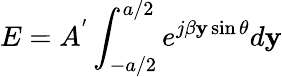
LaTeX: E=A^{'}\int_{-a/2}^{a/2}e^{j\beta\mathbf{y}\sin\theta}d\mathbf{y}